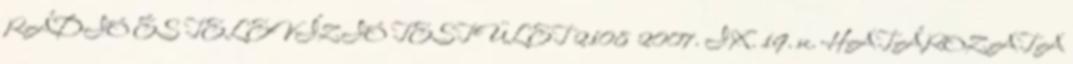
RÁDIÓ ÉS TELEVÍZIÓ TESTÜLET 2108 2007. IX. 19. sz. HATÁROZATA